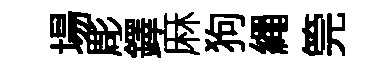
場彫鐸麻狗繩筦